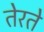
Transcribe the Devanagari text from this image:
तेरते